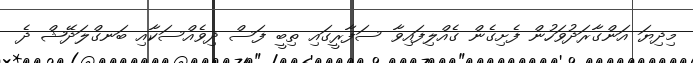
މިދިޔަ އަންގާރަދުވަހުން ފެށިގެން ގެއްލިފައިވާ ސަފާރީގައި ތިބީ ފަސް ދިވެއްސަކާއި ބަނގްލަދޭޝް ދެ